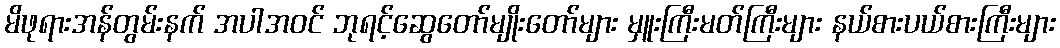
မိဖုရားအန်တွမ်းနက် အပါအဝင် ဘုရင့်ဆွေတော်မျိုးတော်များ မှူးကြီးမတ်ကြီးများ နယ်စားပယ်စားကြီးများ